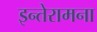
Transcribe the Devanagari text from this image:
इन्तेरामना